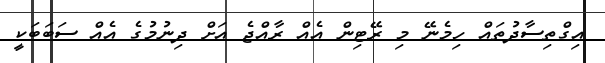
އިގްތިސާދުތައް ހިމެނޭ މި ރޭޓިން އެއް ރާއްޖެ އަށް ދިނުމުގެ އެއް ސަބަބަކީ